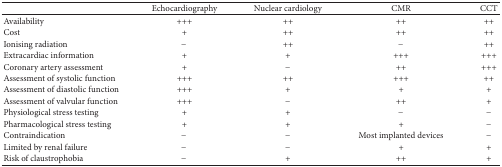
|  | Echocardiography | Nuclear cardiology | CMR | CCT |
 | --- | --- | --- | --- | --- |
 | Availability | +++ | ++ | ++ | ++ |
 | Cost | + | ++ | ++ | ++ |
 | Ionising radiation | − | ++ | − | ++ |
 | Extracardiac information | + | + | +++ | +++ |
 | Coronary artery assessment | + | − | ++ | +++ |
 | Assessment of systolic function | +++ | ++ | +++ | ++ |
 | Assessment of diastolic function | +++ | + | + | + |
 | Assessment of valvular function | +++ | − | ++ | + |
 | Physiological stress testing | + | + | − | − |
 | Pharmacological stress testing | + | + | + | − |
 | Contraindication | − | − | Most implanted devices | − |
 | Limited by renal failure | − | − | + | + |
 | Risk of claustrophobia | − | + | ++ | + |